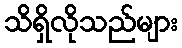
သိရှိလိုသည်များ